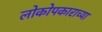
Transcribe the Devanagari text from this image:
लोकोपकाराच्या